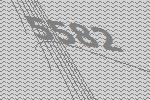
5582